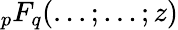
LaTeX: _{p}F_{q}(...;...;z)